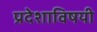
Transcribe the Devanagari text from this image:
प्रदेशाविषयी